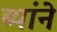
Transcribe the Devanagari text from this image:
ब्यांने